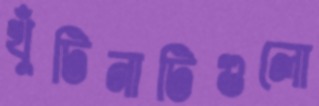
খুঁটিনাটিগুলো